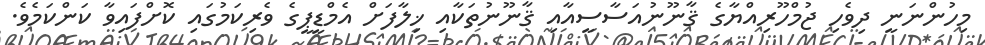
މިހުންނަނީ ދިވެހި ޖުމްހޫރިއްޔާގެ ޤާނޫނުއަސާސީއާއި ޤާނޫނުތަކާއި ޚިލާފަށް އެމްޑީޕީގެ ވެރިކަމުގައި ކޮށްފައިވާ ކަންކަމެވެ.